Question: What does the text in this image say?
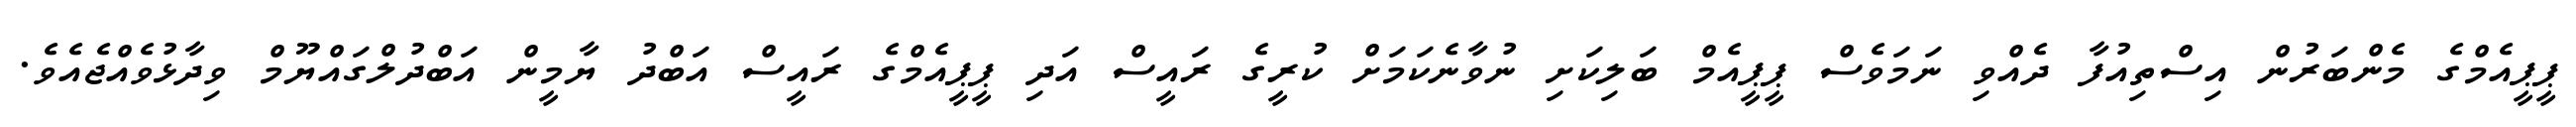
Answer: ޕީޕީއެމްގެ މެންބަރުން އިސްތިއުފާ ދެއްވި ނަމަވެސް ޕީޕީއެމް ބަލިކަށި ނުވާނެކަމަށް ކުރީގެ ރައީސް އަދި ޕީޕީއެމްގެ ރައީސް އަބްދު ޔާމީން އަބްދުލްގައްޔޫމް ވިދާޅުވެއްޖެއެވެ.